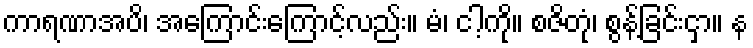
ကာရဏာအပိ၊ အကြောင်းကြောင့်လည်း။ မံ၊ ငါ့ကို။ စဇိတုံ၊ စွန့်ခြင်းငှာ။ န